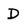
Character: D